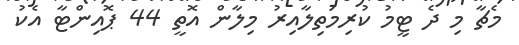
މެޗާ މި ދެ ޓީމު ކުރިމަތިލާއިރު މިލާން އޮތީ 44 ޕޮއިންޓާ އެކު